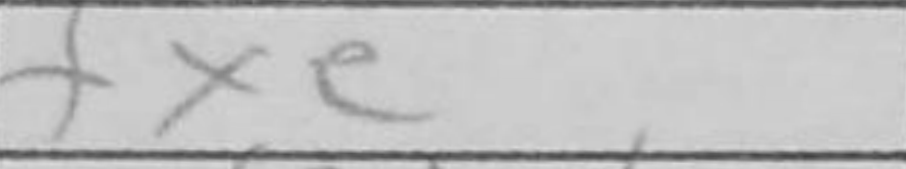
Transcription: fxe